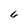
Character: 6